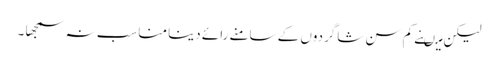
لیکن میںنے کم سن شاگردوں کے سامنے رائے دینا مناسب نہ سمجھا ۔